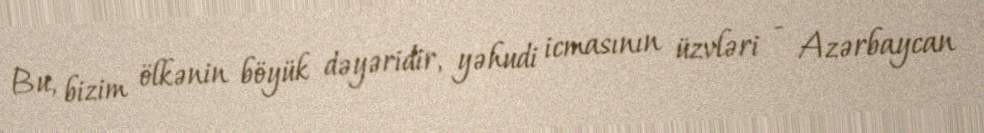
Bu, bizim ölkənin böyük dəyəridir, yəhudi icmasının üzvləri - Azərbaycan